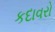
કદાવરો